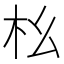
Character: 㭃